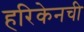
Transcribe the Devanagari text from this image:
हरिकेनची